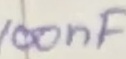
Text: 100nF